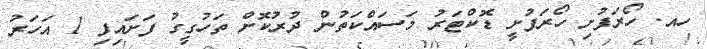
ހއ. ހޯރަފުށި ހޯރަފުށީ ޑޮކްޓަރު މަސައްކަތުން ދުރުކޮށް ތަހުގީގު ފަށައިފި 1 އަހަރު